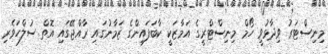
މިނިސްޓަރު ވިދާޅުވީ ހޯމް މިނިސްޓްރީގެ އަމާޒަކީ ކާބަފައިންގެ ޒަމާނުގައި ރާއްޖޭގައި އޮތް ސުލްހަވެރި